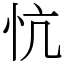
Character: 忼